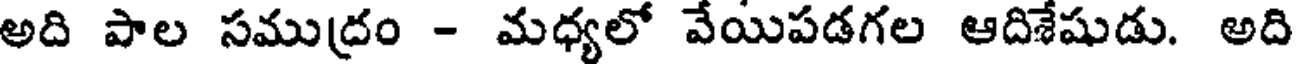
అది పాల సముద్రం - మధ్యలో వేయిపడగల ఆదిశేషుడు. అది